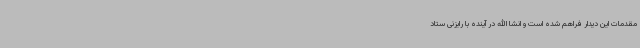
مقدمات این دیدار فراهم شده است و انشا الله در آینده با رایزنی ستاد